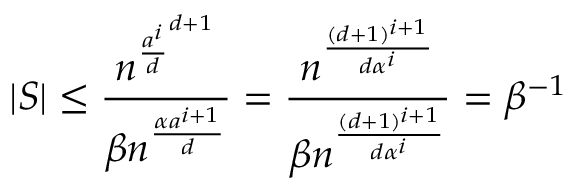
| S | \leq \frac { n ^ { \frac { a ^ { i } } { d } ^ { d + 1 } } } { \beta n ^ { \frac { \alpha a ^ { i + 1 } } { d } } } = \frac { n ^ { \frac { ( d + 1 ) ^ { i + 1 } } { d \alpha ^ { i } } } } { \beta n ^ { \frac { ( d + 1 ) ^ { i + 1 } } { d \alpha ^ { i } } } } = \beta ^ { - 1 }